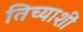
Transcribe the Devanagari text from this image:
तिच्याशीं